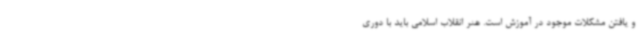
و یافتن مشکلات موجود در آموزش است. هنر انقلاب اسلامی باید با دوری